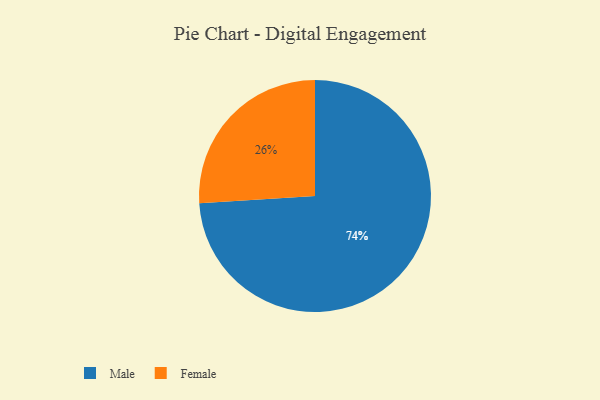
{"axis": {"x": "Category", "y": "Percentage"}, "legend": ["Female", "Male"], "data": [{"x": "Female", "y": 26, "type": "Female"}, {"x": "Male", "y": 74, "type": "Male"}]}